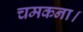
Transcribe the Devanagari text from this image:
चमकना।